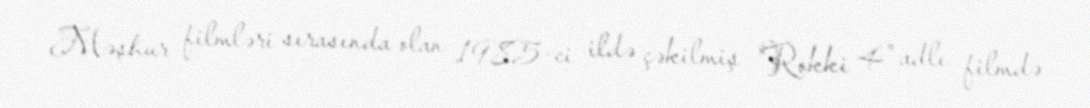
Məşhur filmləri sırasında olan 1985-ci ildə çəkilmiş "Rokki 4" adlı filmdə